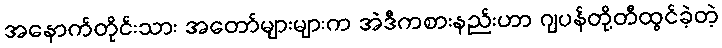
အနောက်တိုင်းသား အတော်များများက အဲဒီကစားနည်းဟာ ဂျပန်တို့တီထွင်ခဲ့တဲ့